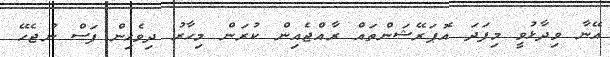
އޭނާ ވިދާޅުވީ މިފަދަ އޮޕަރޭޝަންތައް ރާއްޖެއިން ކުރަން މިހާރު ދިވެހިން ފަސް ނުޖެހޭ